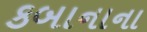
કબાનાના